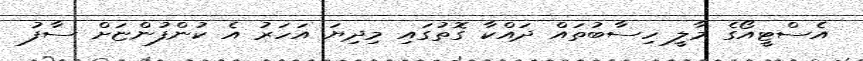
އެސްޓީއޯގެ މާލީ ހިސާބުތައް ދައްކާ ގޮތުގައި މިދިޔަ އަހަރު އެ ކުންފުންޏަށް ސާފު